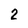
Character: 2